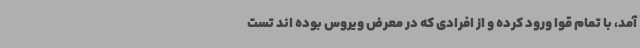
آمد، با تمام قوا ورود کرده و از افرادی که در معرض ویروس بوده اند تست